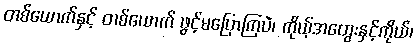
တစ်ယောက်နှင့် တစ်ယောက် ဖွင့်မပြောကြပဲ၊ ကိုယ့်အတွေးနှင့်ကိုယ်၊